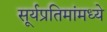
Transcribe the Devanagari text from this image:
सूर्यप्रतिमांमध्ये